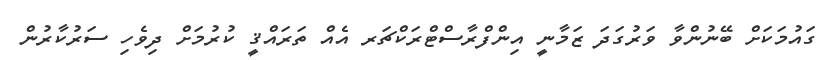
ގައުމަކަށް ބޭނުންވާ ވަރުގަދަ ޒަމާނީ އިންފްރާސްޓްރަކްޗަރ އެއް ތަރައްޤީ ކުރުމަށް ދިވެހި ސަރުކާރުން